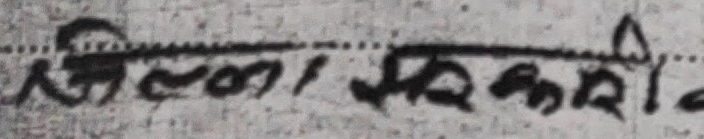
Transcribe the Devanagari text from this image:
जिल्ला सरकारी